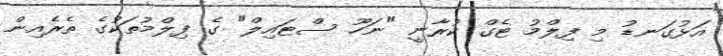
އަޅުގަނޑު މި ފިލްމު ޓެގް ކުރާނީ "ނަހޫ ސްޓައިލް" ގެ ފިލްމުތަކުގެ ތެރެއިން